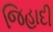
જિહાદી